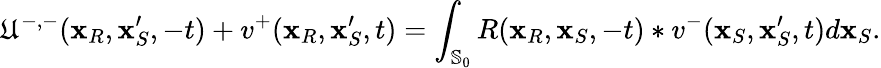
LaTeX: \mathfrak{U}^{-,-}(\mathbf{{x}}_{R},\mathbf{{x}}_{S}^{\prime},-t)+v^{+}(\mathbf{{x}}_{R},\mathbf{{x}}_{S}^{\prime},t)=\int_{\mathbb{{S}}_{0}}R(\mathbf{{x}}_{R},\mathbf{{x}}_{S},-t)*v^{-}(\mathbf{{x}}_{S},\mathbf{{x}}_{S}^{\prime},t)d\mathbf{{x}}_{S}.